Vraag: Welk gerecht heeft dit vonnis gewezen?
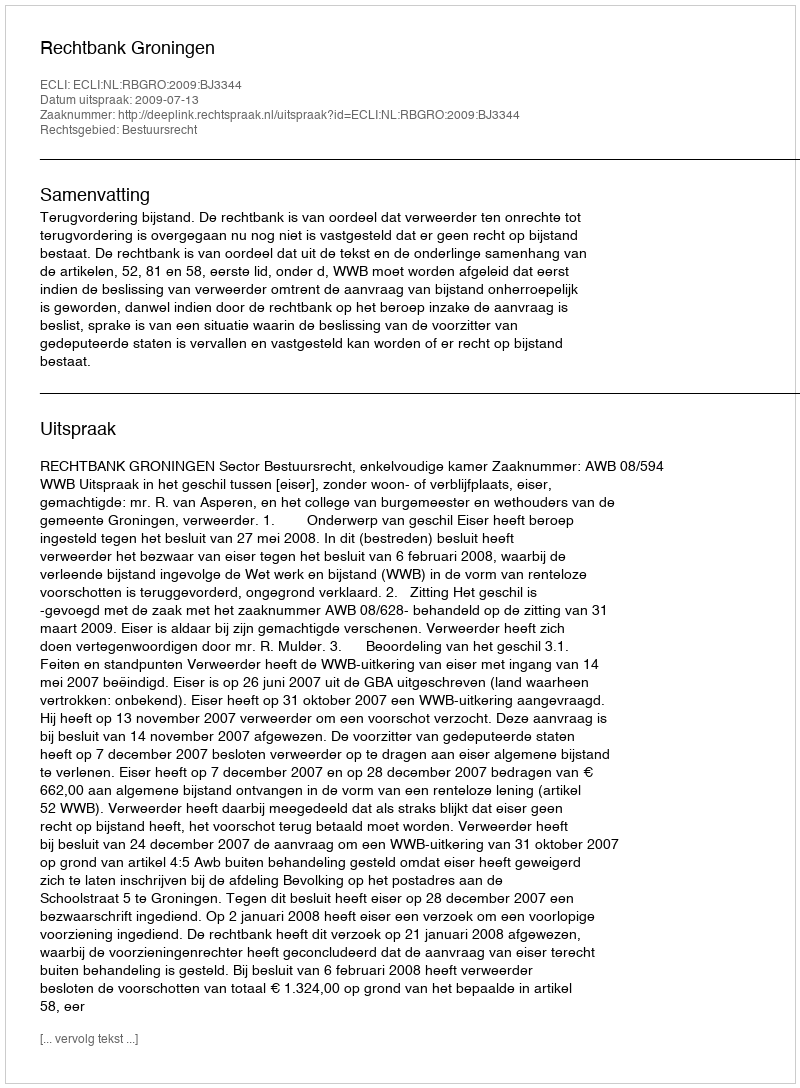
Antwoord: Rechtbank Groningen